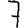
Digit: 7